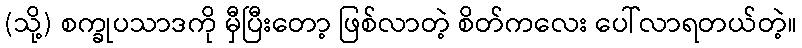
(သို့) စက္ခုပသာဒကို မှီပြီးတော့ ဖြစ်လာတဲ့ စိတ်ကလေး ပေါ်လာရတယ်တဲ့။